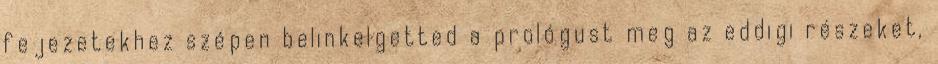
fejezetekhez szépen belinkelgetted a prológust meg az eddigi részeket,